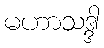
မဟာသဒ္ဒါ